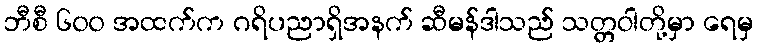
ဘီစီ ၆၀၀ အထက်က ဂရိပညာရှိအနက် ဆီမန်ဒါသည် သတ္တဝါတို့မှာ ရေမှ